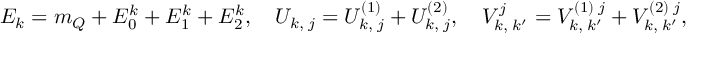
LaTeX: E _ { k } = m _ { Q } + E _ { 0 } ^ { k } + E _ { 1 } ^ { k } + E _ { 2 } ^ { k } , \quad U _ { k , \; j } = U _ { k , \; j } ^ { ( 1 ) } + U _ { k , \; j } ^ { ( 2 ) } , \quad V _ { k , \; k ^ { \prime } } ^ { j } = V _ { k , \; k ^ { \prime } } ^ { ( 1 ) \; j } + V _ { k , \; k ^ { \prime } } ^ { ( 2 ) \; j } ,